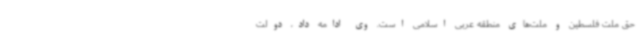
حق ملت فلسطین و ملت‌های منطقه عربی اسلامی است. وی ادامه داد، دولت